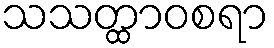
သသတ္ထာဝစရာ